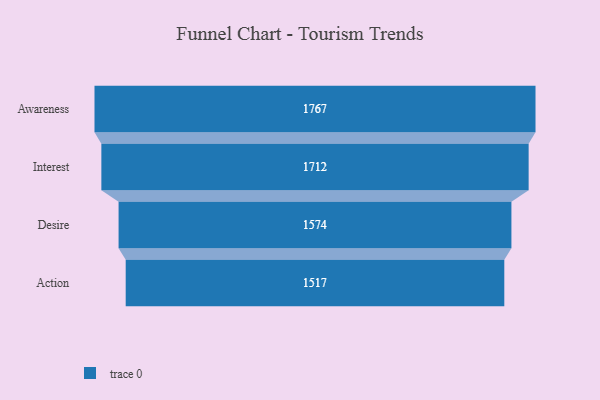
{"axis": {"x": "Stage", "y": "Value"}, "legend": [""], "data": [{"x": "Awareness", "y": 1767.0, "type": ""}, {"x": "Interest", "y": 1712.0, "type": ""}, {"x": "Desire", "y": 1574.0, "type": ""}, {"x": "Action", "y": 1517.0, "type": ""}]}